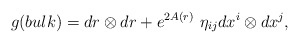
\begin{align*}g(bulk) = dr\otimes dr + e^{2A(r)}\,\,\eta_{ij}dx^i\otimes dx^j,\end{align*}